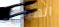
الهياكل